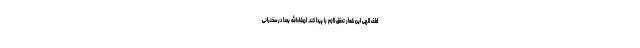
لطف الهی این شعار تحقّق لازم را پیدا کند. ان‌شاءالله بعداً در سخنرانی